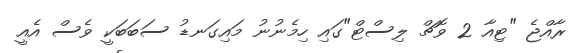
ރާއްޖެ "ޓިއާ 2 ވޮޗް ލިސްޓް"ގައި ހިމެނުނު މައިގަނޑު ސަބަބަކީ ވެސް އެއީ